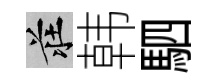
莊韩駟